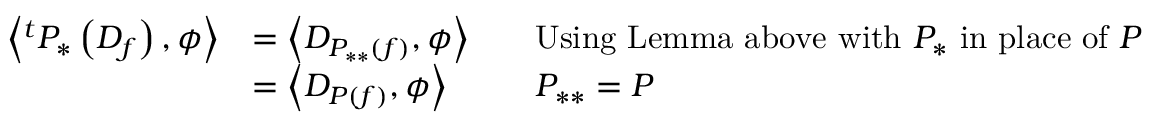
{ \begin{array} { r l r l } { \left\langle ^ { t } P _ { * } \left( D _ { f } \right) , \phi \right\rangle } & { = \left\langle D _ { P _ { * * } ( f ) } , \phi \right\rangle } & & { { \mathrm { U s i n g ~ L e m m a ~ a b o v e ~ w i t h ~ } } P _ { * } { \mathrm { ~ i n ~ p l a c e ~ o f ~ } } P } \\ & { = \left\langle D _ { P ( f ) } , \phi \right\rangle } & & { P _ { * * } = P } \end{array} }